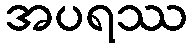
အပရဿ